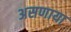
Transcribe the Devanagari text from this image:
असणाया